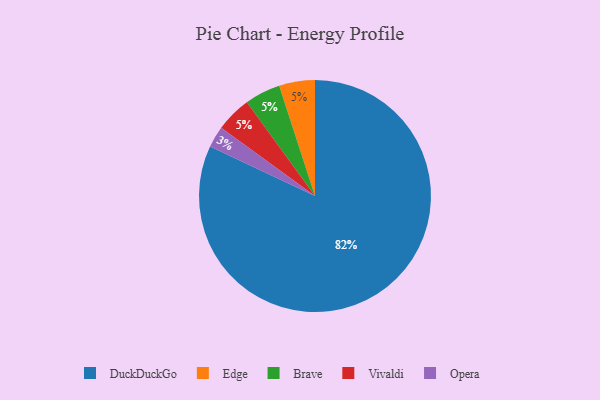
{"axis": {"x": "Category", "y": "Percentage"}, "legend": ["Brave", "DuckDuckGo", "Edge", "Opera", "Vivaldi"], "data": [{"x": "DuckDuckGo", "y": 82, "type": "DuckDuckGo"}, {"x": "Edge", "y": 5, "type": "Edge"}, {"x": "Opera", "y": 3, "type": "Opera"}, {"x": "Brave", "y": 5, "type": "Brave"}, {"x": "Vivaldi", "y": 5, "type": "Vivaldi"}]}